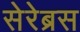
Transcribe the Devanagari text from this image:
सेरेब्रस